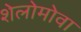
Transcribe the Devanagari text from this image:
शेलोमोवा